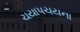
ચયાપચયના